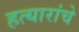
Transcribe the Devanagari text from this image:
हत्यारांचे